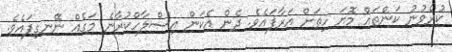
ކުރެވުނު ކަންތައް މޮޔަ ހިތަށް އަރާފައެވެ. ދެން އެކަން އިސްލާހްކުރާނެ މަގެއް ނޭނގިފައެވެ.